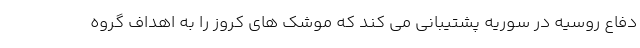
دفاع روسیه در سوریه پشتیبانی می کند که موشک های کروز را به اهداف گروه